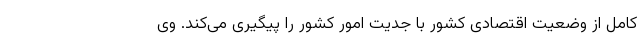
کامل از وضعیت اقتصادی کشور با جدیت امور کشور را پیگیری می‌کند. وی